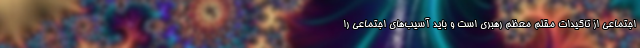
اجتماعی از تاکیدات مقلم معظم رهبری است و باید آسیب‌های اجتماعی را